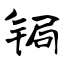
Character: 锔